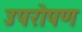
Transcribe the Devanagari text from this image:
उपरोपण